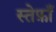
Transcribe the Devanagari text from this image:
स्तेफ़ाँ